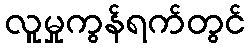
လူမှုကွန်ရက်တွင်